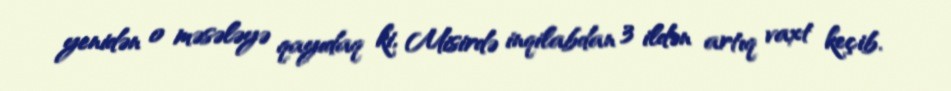
yenidən o məsələyə qayıdaq ki, Misirdə inqilabdan 3 ildən artıq vaxt keçib.